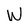
Character: W